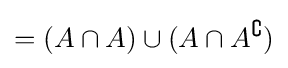
=(A\cap A)\cup (A\cap A^{\complement })